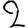
Digit: 2